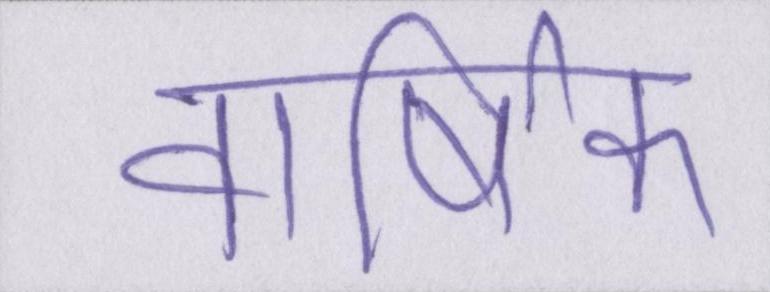
वार्षिक